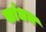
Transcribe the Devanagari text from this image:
सांधन